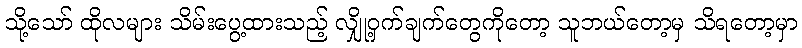
သို့သော် ထိုလများ သိမ်းပွေ့ထားသည့် လျှို့ဝှက်ချက်တွေကိုတော့ သူဘယ်တော့မှ သိရတော့မှာ